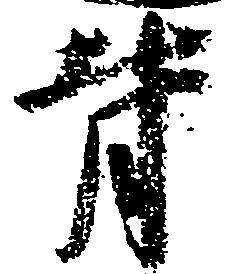
背